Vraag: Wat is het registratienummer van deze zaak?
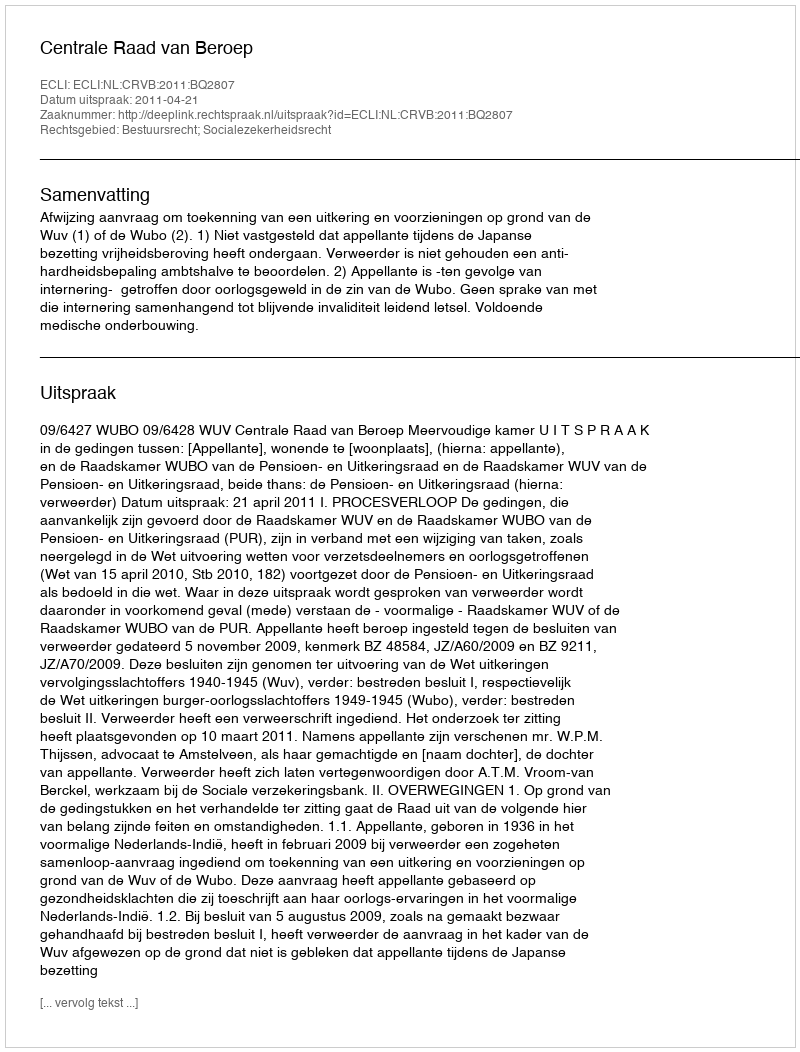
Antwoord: http://deeplink.rechtspraak.nl/uitspraak?id=ECLI:NL:CRVB:2011:BQ2807